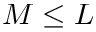
M \leq L